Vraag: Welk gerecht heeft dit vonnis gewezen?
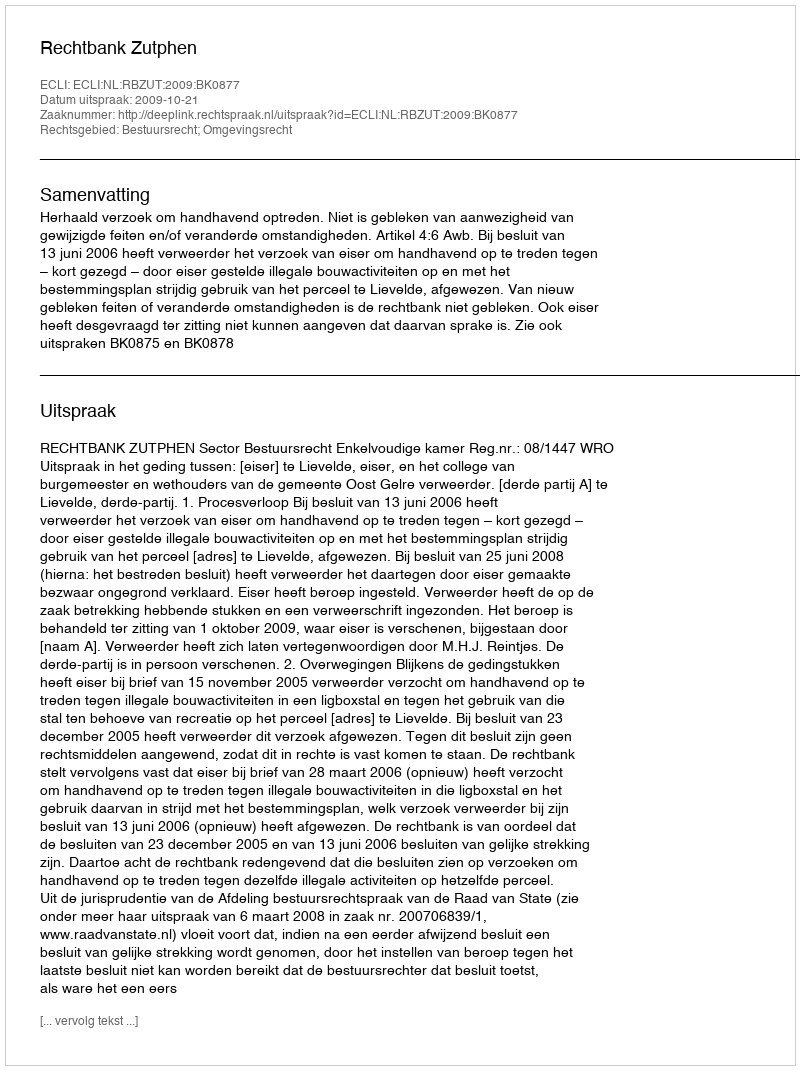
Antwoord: Rechtbank Zutphen